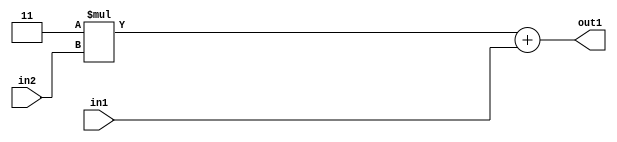
`timescale 1ps / 1ps
/*****************************************************************************
    Verilog RTL Description
    
    
    Created by: Stratus DpOpt 2019.1.01 
*******************************************************************************/

module SobelFilter_Add2u2Mul2i3u2_1 (
	in2,
	in1,
	out1
	); /* architecture "behavioural" */ 
input [1:0] in2,
	in1;
output [3:0] out1;
wire [3:0] asc001;

wire [3:0] asc001_tmp_0;
assign asc001_tmp_0 = 
	+(4'B0011 * in2);
assign asc001 = asc001_tmp_0
	+(in1);

assign out1 = asc001;
endmodule

/* CADENCE  ubfwTQo= : u9/ySgnWtBlWxVPRXgAZ4Og= ** DO NOT EDIT THIS LINE ******/